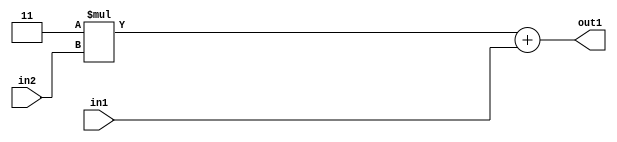
`timescale 1ps / 1ps
/*****************************************************************************
    Verilog RTL Description
    
    
    Created by: Stratus DpOpt 2019.1.01 
*******************************************************************************/

module SobelFilter_Add2u2Mul2i3u2_1 (
	in2,
	in1,
	out1
	); /* architecture "behavioural" */ 
input [1:0] in2,
	in1;
output [3:0] out1;
wire [3:0] asc001;

wire [3:0] asc001_tmp_0;
assign asc001_tmp_0 = 
	+(4'B0011 * in2);
assign asc001 = asc001_tmp_0
	+(in1);

assign out1 = asc001;
endmodule

/* CADENCE  ubfwTQo= : u9/ySgnWtBlWxVPRXgAZ4Og= ** DO NOT EDIT THIS LINE ******/